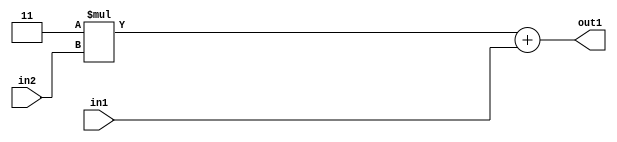
`timescale 1ps / 1ps
/*****************************************************************************
    Verilog RTL Description
    
    
    Created by: Stratus DpOpt 2019.1.01 
*******************************************************************************/

module SobelFilter_Add2u2Mul2i3u2_1 (
	in2,
	in1,
	out1
	); /* architecture "behavioural" */ 
input [1:0] in2,
	in1;
output [3:0] out1;
wire [3:0] asc001;

wire [3:0] asc001_tmp_0;
assign asc001_tmp_0 = 
	+(4'B0011 * in2);
assign asc001 = asc001_tmp_0
	+(in1);

assign out1 = asc001;
endmodule

/* CADENCE  ubfwTQo= : u9/ySgnWtBlWxVPRXgAZ4Og= ** DO NOT EDIT THIS LINE ******/